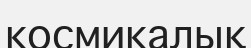
космикалық